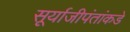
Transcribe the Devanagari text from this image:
सूर्याजीपंतांकडे